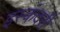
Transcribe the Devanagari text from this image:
इस्कंदरी